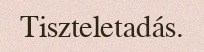
Tiszteletadás.